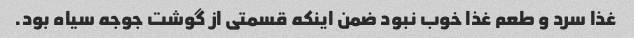
غذا سرد و طعم غذا خوب نبود ضمن اینکه قسمتی از گوشت جوجه سیاه بود.